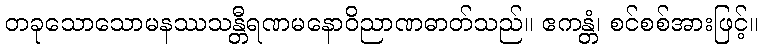
တခုသောသောမနဿသန္တီရဏမနောဝိညာဏဓာတ်သည်။ ဧကန္တံ၊ စင်စစ်အားဖြင့်။